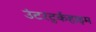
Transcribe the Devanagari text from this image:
उंटरटुर्कहाइम